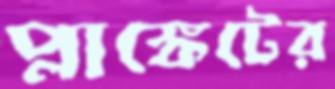
প্লাঙ্কেটের